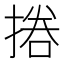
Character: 𢰪